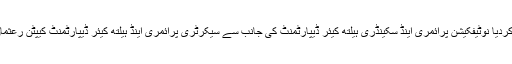
پنجاب حکومت نے صوبہ میں کورونا وبا کے پیش نظر 25اپریل تک کیلئے لاک ڈاون کانوٹیفکیشن جاری کردیا نوٹیفکیشن پرائمری اینڈ سکینڈری ہیلتھ کیئر ڈیپارٹمنٹ کی جانب سے سیکرٹری پرائمری اینڈ ہیلتھ کیئر ڈیپارٹمنٹ کیپٹن رعثمان نے جاری کیا جس کے مطابق تمام مارکیٹس،شاپنگ مال،ریسٹورنٹس،سرکاری ونجی دفاتر بند رہیں گے۔